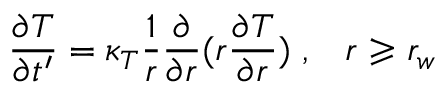
\frac { \partial T } { \partial t ^ { \prime } } = \kappa _ { T } \frac { 1 } { r } \frac { \partial } { \partial r } ( r \frac { \partial T } { \partial r } ) \; , \; \; \; r \geqslant r _ { w }